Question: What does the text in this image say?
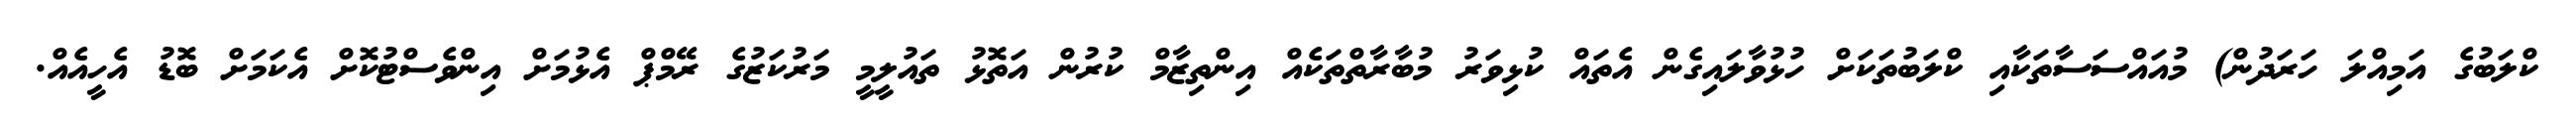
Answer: ކްލަބުގެ އަމިއްލަ ހަރަދުން) މުއައްސަސާތަކާއި ކްލަބުތަކަށް ހުޅުވާލައިގެން އެތައް ކުޅިވަރު މުބާރާތްތަކެއް އިންތިޒާމް ކުރުން އަތޮޅު ތައުލީމީ މަރުކަޒުގެ ރޭމްޕް އެޅުމަށް އިންވެސްޓުކޮށް އެކަމަށް ބޮޑު އެހީއެއް.